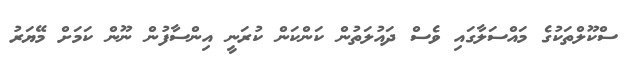
ސްކޫލްތަކުގެ މައްސަލާގައި ވެސް ދައުލަތުން ކަންކަން ކުރަނީ އިންސާފުން ނޫން ކަމަށް މޭޔަރު